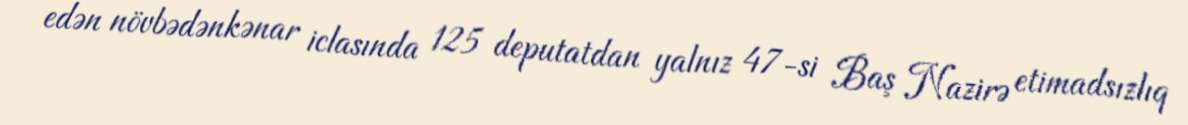
edən növbədənkənar iclasında 125 deputatdan yalnız 47-si Baş Nazirə etimadsızlıq